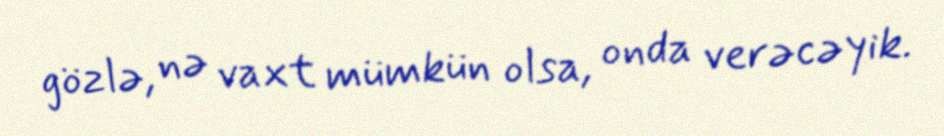
gözlə, nə vaxt mümkün olsa, onda verəcəyik.